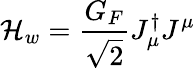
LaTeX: {\cal H}_{w}={\frac{G_{F}}{\sqrt{2}}}J_{\mu}^{\dagger}J^{\mu}